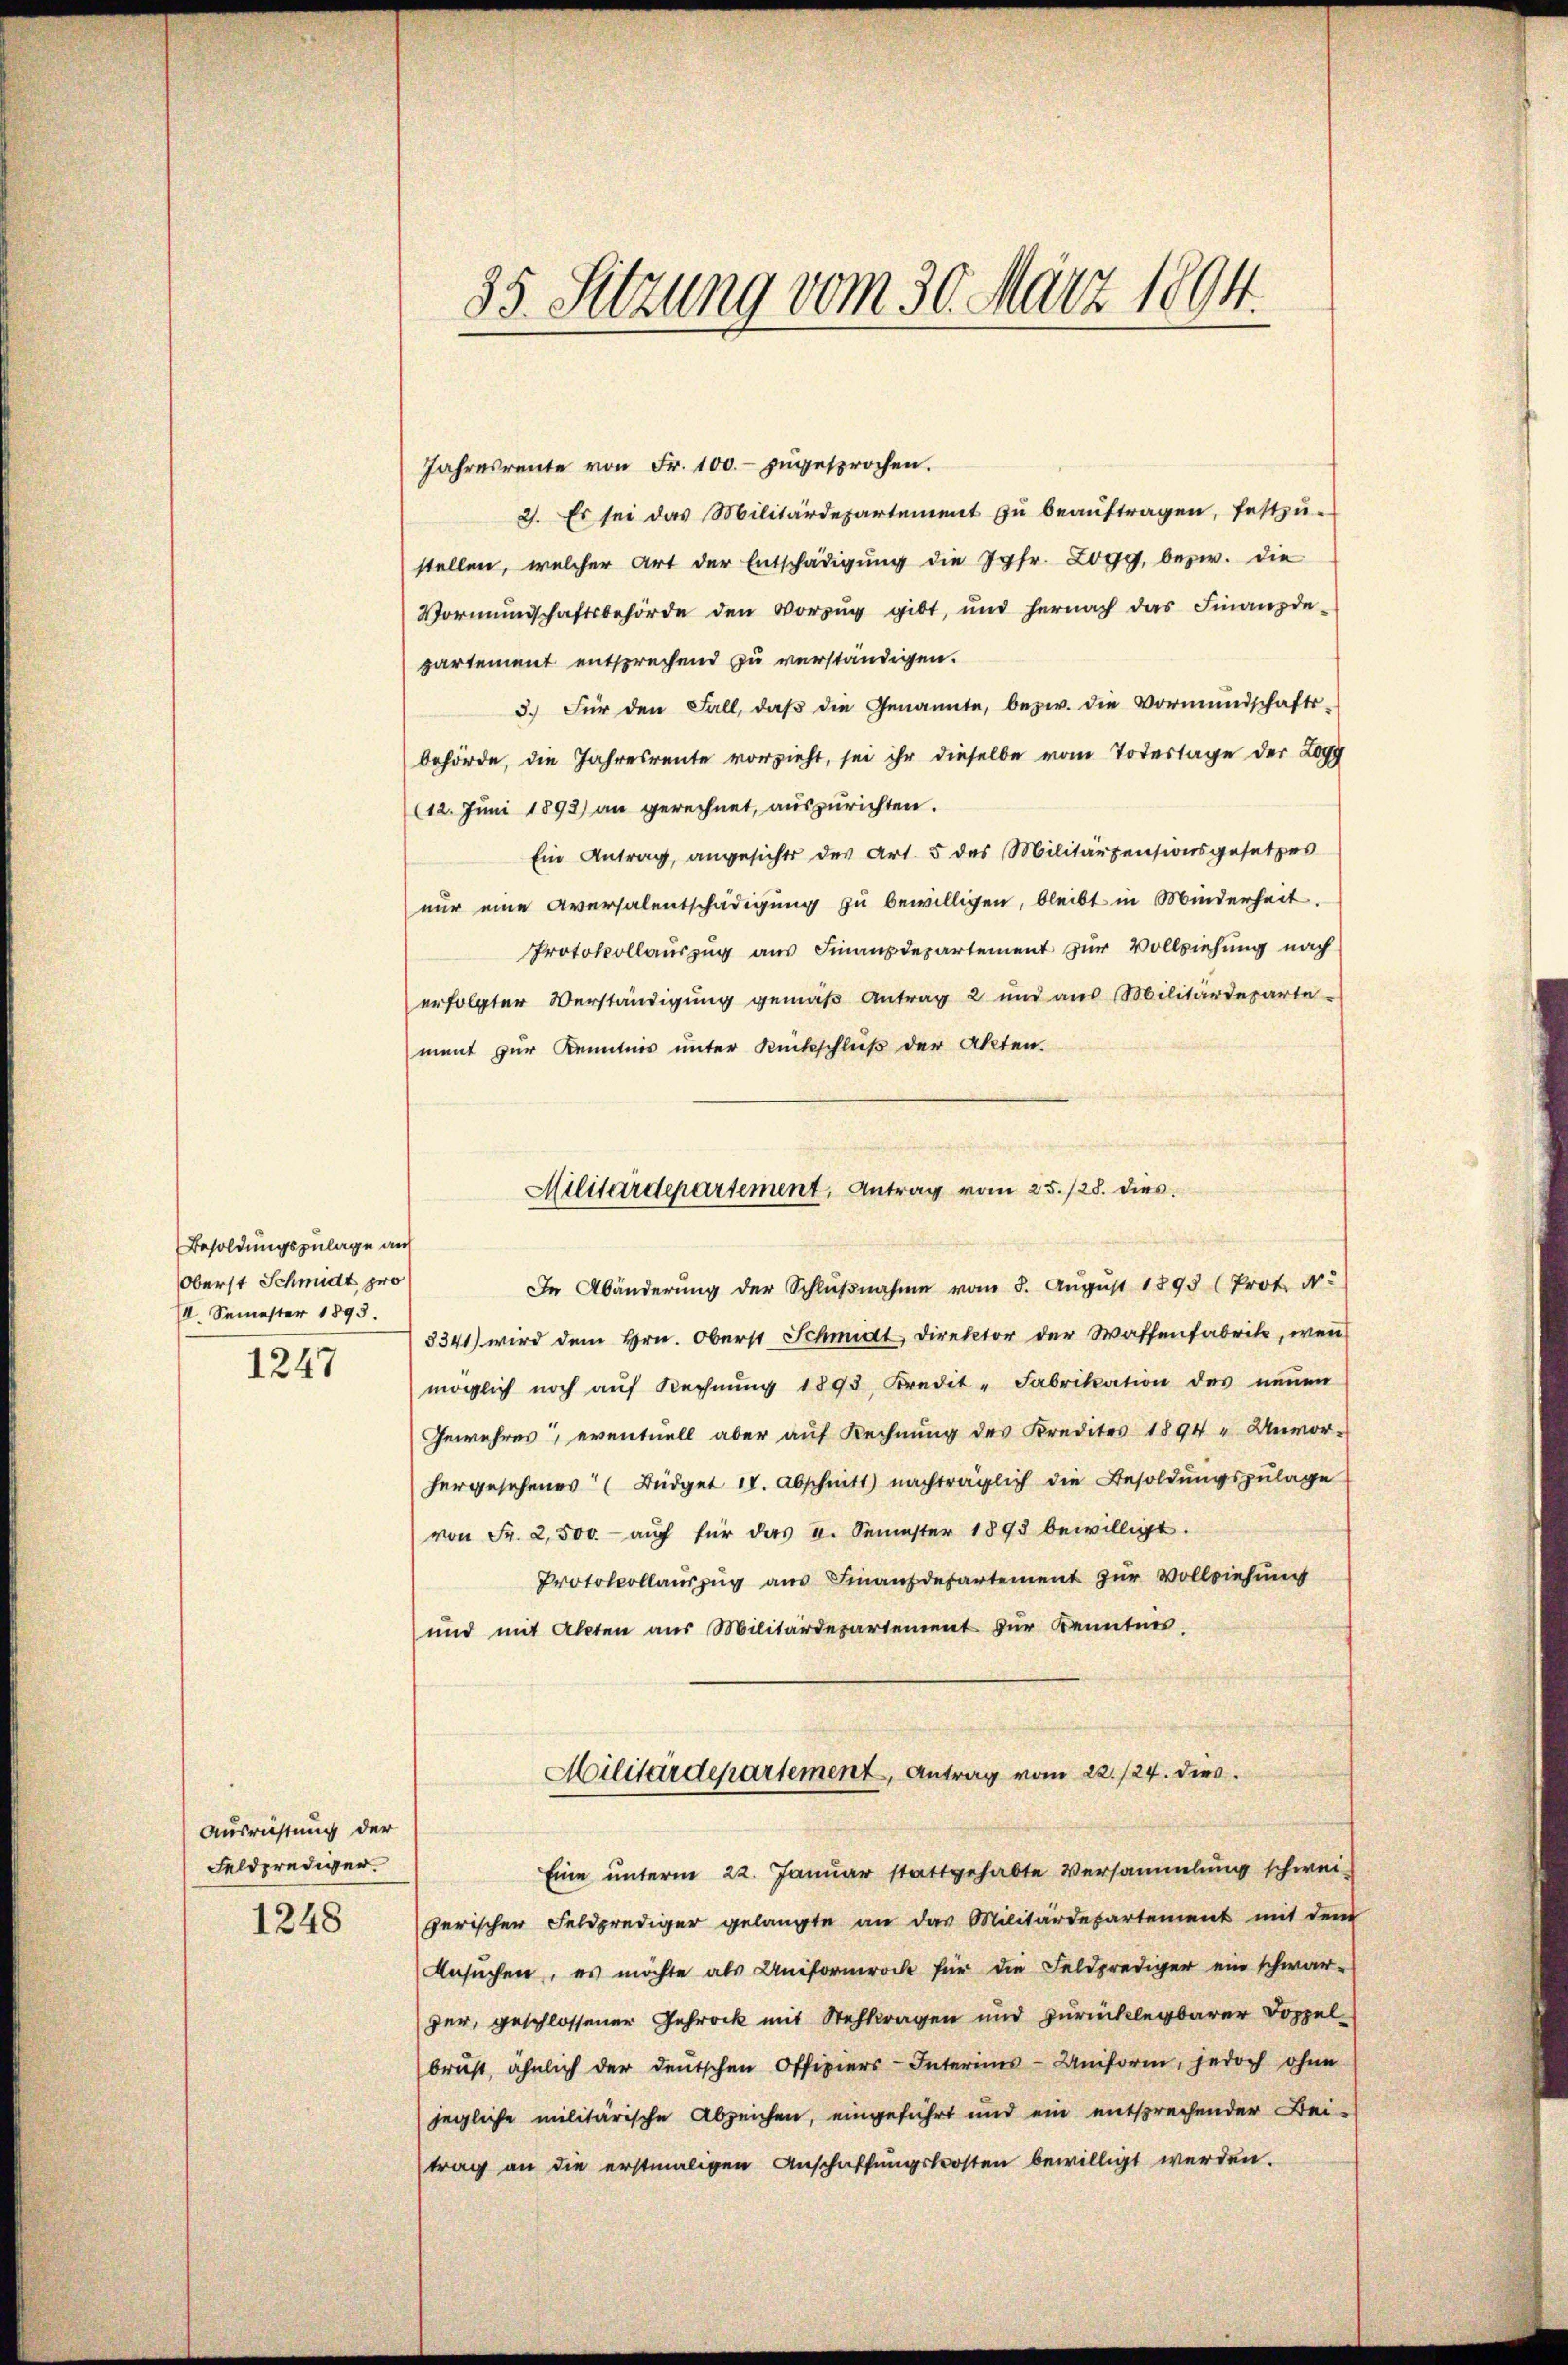
1247

Ausrichtung der
Feldprediger.
1248

Besoldungszulage auf
Oberst Schmidt pro
II. Semester 1893.

Jahresrente von Fr. 100. zugesprochen.
2). Es sei das Militärdepartement zŭ beaŭftragen, festzu-
stellen, welcher Art der Entschädigung die Jgfr. Zogg, bezw. die
Vormŭndschaftsbehörde den Vorzŭg gibt, und hernach das Finanzde-
partement entsprechend zu verständigen.
3.) Für den Fall, daβ die Genannte, bezw. die Vormŭndschafts-
behörde, die Jahresrente vorzieht, sei ihr dieselbe vom Todestage der Logg
(12. Juni 1892) an gerechnet, auszurichten.
Ein Antrag, angesichts des Art. 5 des Militärzensionsgesetzes
nur eine Aversalentschädigung zu bewilligen, bleibt in Minderheit.
Protokollauszug aus Finanzdepartement zur Vollziehung nach
erfolgter Verständigung gemäß Antrag 2 und aus Militärdeparte
ment zur Kenntnis unter Rückschluß der Akten.
In Abänderung der Schlŭβnahme vom 8. August 1895 (Prot. N.
3341) wird dem Hrn. Oberst Schmidt Direktor der Waffenfabrik, wenn
möglich noch aŭf Rechnŭng 1893 Kredit-Fabrikation des neŭen
Gewehres, eventuell aber auf Rechnung des Kredites 1894 " Unvor-
hergesehenes Büdget II. Abschnitt nachträglich die Besoldungszulage
von Fr. 2,500.- auch für das 2. Semester 1893 bewilligt.
Protokollauszug aus Finanzdepartement zur Vollziehung
und mit Akten aus Militärdepartement zur Kenntnis
Militärdepartement, Antrag vom 22./24. dies
Eine unterm 22. Januar stattgehabte Versammlung schwei-
Herischer Feldprediger gelangte an das Militärdepartement mit dem
Ansŭchen, es möchte als Uniformrock für die Feldprediger ein schwar-
ger, geschlossener Gehrock mit Stehkragen und zurücklegbarer Doppelbrust, ähnlich der deutschen Offiziers-Interims-Uniform, jedoch ohne
jegliche militärische Abzeichen, eingeführt und ein entsprechender Bei-
trag an die erstmaligen Anschaffŭngskosten bewilligt werden.

35. Sitzung vom 30. März 1894.

Militärdepartement, Antrag vom 25. 128. dies